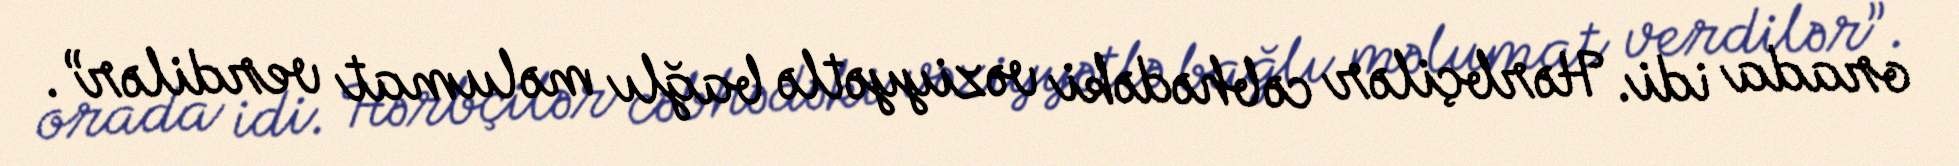
orada idi. Hərbçilər cəbhədəki vəziyyətlə bağlı məlumat verdilər”.